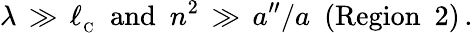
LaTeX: \lambda\, \gg\, \ell_{_\mathrm{C}}\, \, \, {\mathrm{and}}\, \, \, n^{2}\, \gg\, a^{\prime\prime}/a\, \, \, (\mathrm{{Region\ \ 2}})\, .